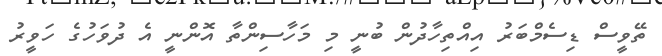
ތޭވީސް ޑިސެމްބަރު އިއްތިހާދުން ބުނީ މި މަހާސިންތާ އޮންނީ އެ ދުވަހުގެ ހަވީރު